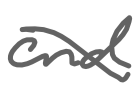
Text: and
Cross-out: diagonal
Writing tool: digital_gray